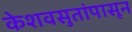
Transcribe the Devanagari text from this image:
केशवसुतांपासून